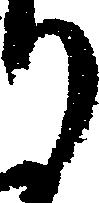
り